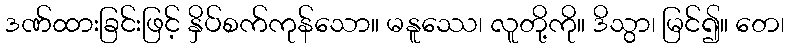
ဒဏ်ထားခြင်းဖြင့် နှိပ်စက်ကုန်သော။ မနူဿေ၊ လူတို့ကို။ ဒိသွာ၊ မြင်၍။ တေ၊